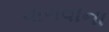
વાગવાના